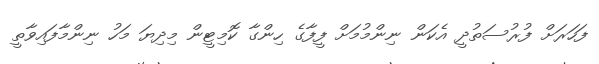
ފަހަރަށް ފުރުސަތުދީ އެކަން ނިންމުމަށް ފީފާގެ ހިންގާ ކޮމިޓީން މިދިޔަ މަހު ނިންމާފައިވާތީ